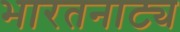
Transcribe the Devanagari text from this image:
भारतनाट्य